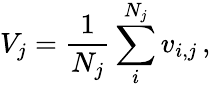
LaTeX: V_{j}=\frac{1}{N_{j}}\sum_{i}^{N_{j}}v_{i,j}\, ,